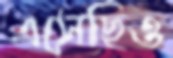
এসেছিও